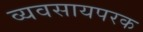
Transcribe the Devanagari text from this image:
व्‍यवसायपरक